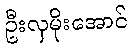
ဦးလှမိုးအောင်